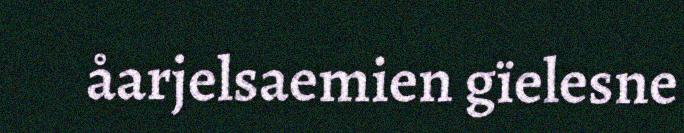
åarjelsaemien gïelesne